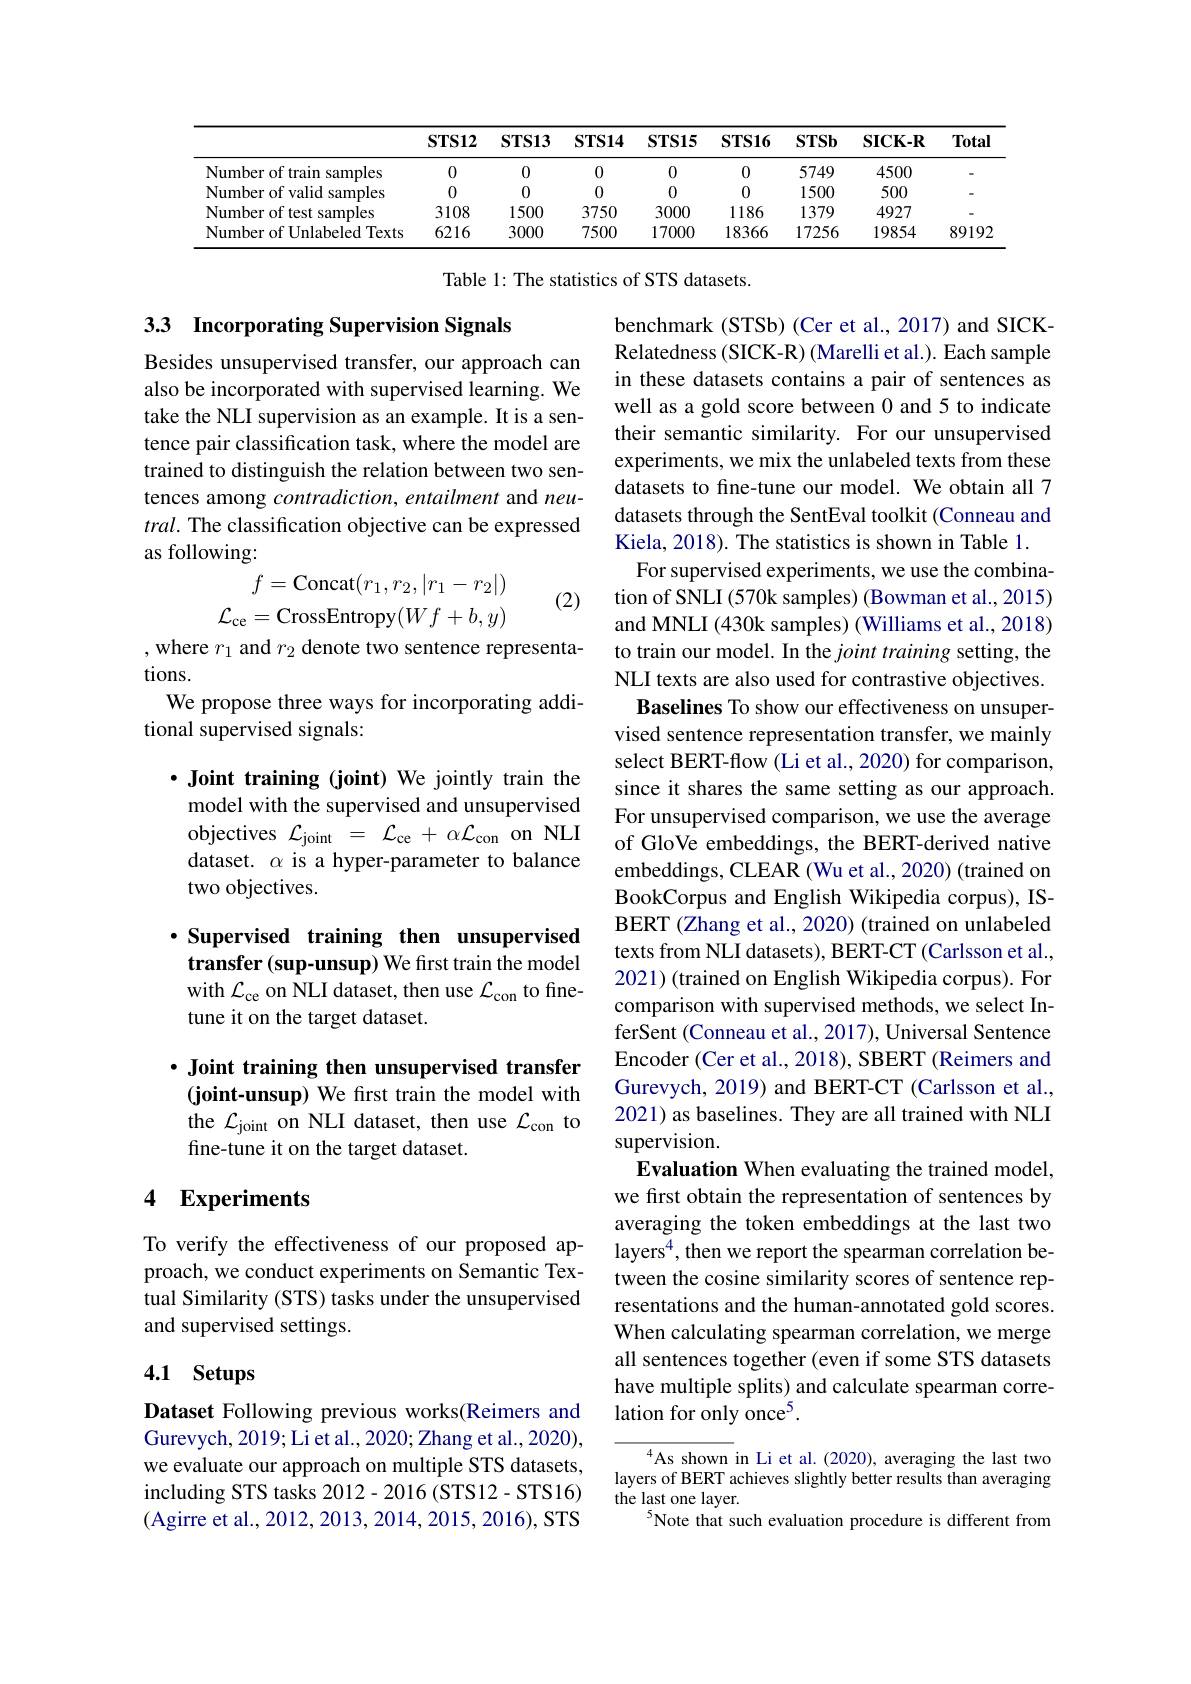
<table>
	<tbody>
		<tr>
			<th> </th>
			<th>$\mathbf{STS12}$</th>
			<th>$\mathbf{STS13}$</th>
			<th>$\mathbf{STS14}$</th>
			<th>STS15</th>
			<th>$\mathbf{STS16}$</th>
			<th>STSb</th>
			<th>$\mathbf{SICK-R}$</th>
			<th>Total</th>
		</tr>
		<tr>
			<td>Number of train samples</td>
			<td>0</td>
			<td>0</td>
			<td>0</td>
			<td>0</td>
			<td>0</td>
			<td>5749</td>
			<td>4500</td>
			<td>-</td>
		</tr>
		<tr>
			<td>Number of valid $r$ samples</td>
			<td>0</td>
			<td>0</td>
			<td>0</td>
			<td>0</td>
			<td>0</td>
			<td>1500</td>
			<td>500</td>
			<td> </td>
		</tr>
		<tr>
			<td>Number of test samples</td>
			<td>3108</td>
			<td>1500</td>
			<td>3750</td>
			<td>3000</td>
			<td>1186</td>
			<td>1379</td>
			<td>4927</td>
			<td> </td>
		</tr>
		<tr>
			<td>Number of Unlabeled Texts</td>
			<td>6216</td>
			<td>3000</td>
			<td>7500</td>
			<td>17000</td>
			<td>18366</td>
			<td>17256</td>
			<td>19854</td>
			<td>89192</td>
		</tr>
	</tbody>
</table>

Table 1: The statistics of STS datasets.

# 3.3 Incorporating Supervision Signals

Besides unsupervised transfer, our approach can also be incorporated with supervised learning. We take the NLI supervision as an example. It is a sentence pair classification task, where the model are trained to distinguish the relation between two sentences among contradiction, entailment and neutral. The classification objective can be expressed as following:
$$f=\mathrm{Concat}(r_{1},r_{2},|r_{1}-r_{2}|)\\\mathcal{L}_{\mathrm{ce}}=\mathrm{CrossEntropy}(Wf+b,y)$$
(2)

, where $r_1$ and $r_2$ denote two sentence representa-
tions.
We propose three ways for incorporating addi-
tional supervised signals:

·Joint training (joint) We jointly train the
model with the supervised and unsupervised objectives $\mathcal{L}_\mathrm{joint}=\mathcal{L}_\mathrm{ce}+\alpha\mathcal{L}_\mathrm{con}$ on NLI

dataset. $\alpha$ is a hyper-parameter to balance
two objectives.

benchmark (STSb) (Cer et al., 2017) and SICKRelatedness (SICK-R) (Marelli et al.). Each sample in these datasets contains a pair of sentences as well as a gold score between 0 and 5 to indicate their semantic similarity. For our unsupervised experiments, we mix the unlabeled texts from these datasets to fine-tune our model. We obtain all 7 datasets through the SentEval toolkit (Conneau and Kiela, 2018). The statistics is shown in Table 1.
For supervised experiments, we use the combination of SNLI (570k samples) (Bowman et al., 2015) and MNLI (430k samples) (Williams et al., 2018) to train our model. In the joint training setting, the NLI texts are also used for contrastive objectives. Baselines To show our effectiveness on unsupervised sentence representation transfer, we mainly select BERT-flow (Li et al., 2020) for comparison, since it shares the same setting as our approach. For unsupervised comparison, we use the average of GloVe embeddings, the BERT-derived native embeddings, CLEAR (Wu et al., 2020) (trained on BookCorpus and English Wikipedia corpus), ISBERT (Zhang et al., 2020) (trained on unlabeled texts from NLI datasets), BERT-CT (Carlsson et al., 2021) (trained on English Wikipedia corpus). For comparison with supervised methods, we select InferSent (Conneau et al., 2017), Universal Sentence Encoder (Cer et al., 2018), SBERT (Reimers and Gurevych, 2019) and BERT-CT (Carlsson et al., 2021) as baselines. They are all trained with NLI supervision.
Evaluation When evaluating the trained model, we first obtain the representation of sentences by averaging the token embeddings at the last two
To verify the effectiveness of our proposed ap- layers$^4$,then we report the spearman correlation be-
tween the cosine similarity scores of sentence representations and the human-annotated gold scores. When calculating spearman correlation, we merge all sentences together (even if some STS datasets have multiple splits) and calculate spearman correlation for only once$^{5}.$

$\cdot$ Supervised training then unsupervised transfer (sup-unsup) We first train the model with $\mathcal{L}_\mathrm{ce}$ on NLI dataset, then use $\mathcal{L}_\mathrm{con}$ to finetune it on the target dataset.

$\cdot$ Joint training then unsupervised transfer (joint-unsup) We first train the model with the $\mathcal{L}_\mathrm{joint}$ on NLI dataset, then use $\mathcal{L}_\mathrm{con}$ to## fine-tune it on the target dataset.

## 4 Experiments

proach, we conduct experiments on Semantic Textual Similarity (STS) tasks under the unsupervised and supervised settings.

## 4.1 Setups

Dataset Following previous works(Reimers and Gurevych, 2019; Li et al., 2020; Zhang et al., 2020), we evaluate our approach on multiple STS datasets, including STS tasks 2012- 2016 (STS12- STS16) (Agirre et al., 2012, 2013, 2014, 2015, 2016), STS

As shown in Li et al.(2020), averaging the last two layers of BERT achieves slightly better results than averaging the last one layer.
$^{5}$Note that such evaluation procedure is different from